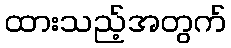
ထားသည့်အတွက်